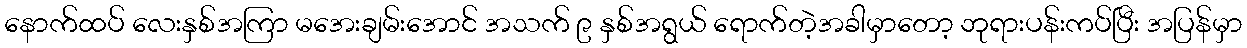
နောက်ထပ် လေးနှစ်အကြာ မအေးချမ်းအောင် အသက် ၉ နှစ်အရွယ် ရောက်တဲ့အခါမှာတော့ ဘုရားပန်းကပ်ပြီး အပြန်မှာ